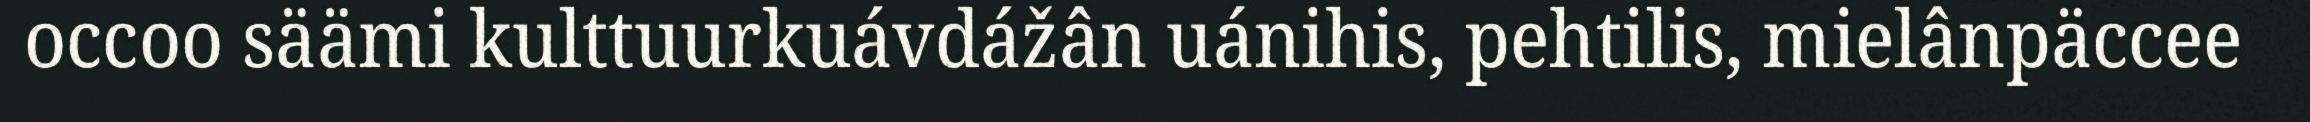
occoo säämi kulttuurkuávdážân uánihis, pehtilis, mielânpäccee